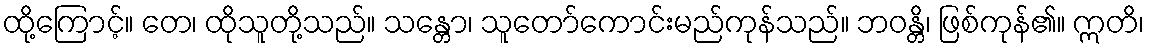
ထို့ကြောင့်။ တေ၊ ထိုသူတို့သည်။ သန္တော၊ သူတော်ကောင်းမည်ကုန်သည်။ ဘဝန္တိ၊ ဖြစ်ကုန်၏။ ဣတိ၊